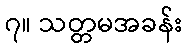
၇။ သတ္တမအခန်း